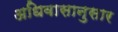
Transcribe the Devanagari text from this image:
अधिवासानुसार